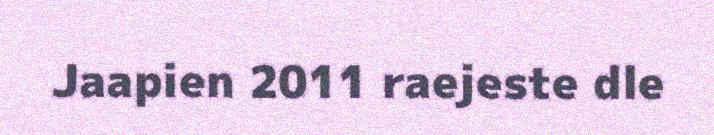
Jaapien 2011 raejeste dle